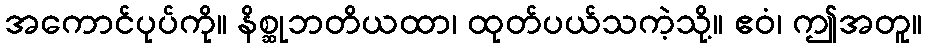
အကောင်ပုပ်ကို။ နိစ္ဆုဘတိယထာ၊ ထုတ်ပယ်သကဲ့သို့။ ဧဝံ၊ ဤအတူ။